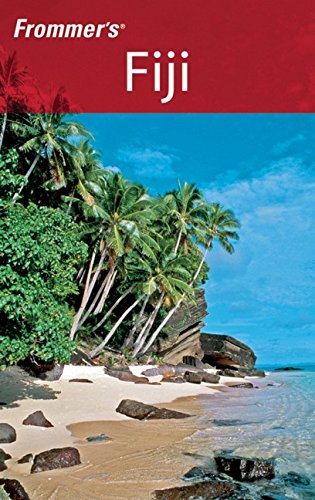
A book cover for Frommer's Fiji, 1st Edition (Frommer's Complete Guides); Bill Goodwin; Travel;